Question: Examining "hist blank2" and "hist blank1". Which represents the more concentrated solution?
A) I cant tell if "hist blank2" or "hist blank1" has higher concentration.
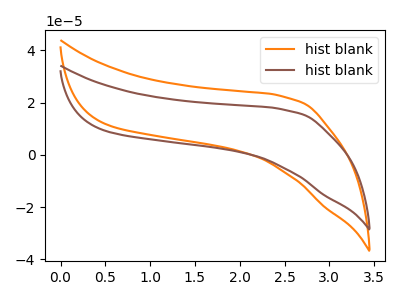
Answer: <think>The orange curve "hist blank1" has no peaks. The brown curve "hist blank2" has no peaks.
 Neither "hist blank2" or "hist blank1" have any peaks.</think>
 <answer>A) I cant tell if "hist blank2" or "hist blank1" has higher concentration.</answer>
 <eval>A</eval>